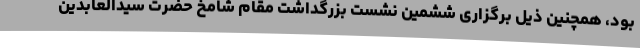
بود، همچنین ذیل برگزاری ششمین نشست بزرگداشت مقام شامخ حضرت سیدالعابدین